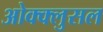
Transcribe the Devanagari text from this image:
ओक्क्लुसल